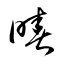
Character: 暙